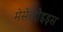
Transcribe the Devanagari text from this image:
मेसेंट्रोइड्स